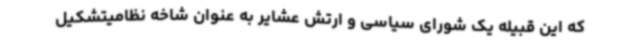
که این قبیله یک شورای سیاسی و ارتش عشایر به عنوان شاخه نظامیتشکیل